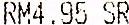
RM4.95 SR